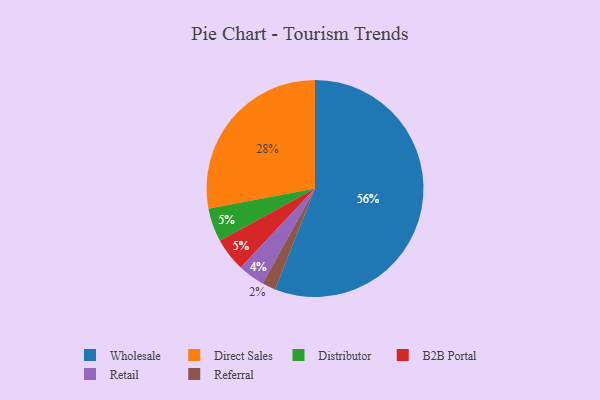
{"axis": {"x": "Category", "y": "Percentage"}, "legend": ["B2B Portal", "Direct Sales", "Distributor", "Referral", "Retail", "Wholesale"], "data": [{"x": "Direct Sales", "y": 28, "type": "Direct Sales"}, {"x": "Referral", "y": 2, "type": "Referral"}, {"x": "Wholesale", "y": 56, "type": "Wholesale"}, {"x": "Distributor", "y": 5, "type": "Distributor"}, {"x": "Retail", "y": 4, "type": "Retail"}, {"x": "B2B Portal", "y": 5, "type": "B2B Portal"}]}